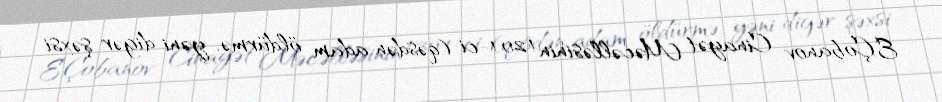
E.Çobanov Cinayət Məcəlləsinin 120.1-ci (qəsdən adam öldürmə, yəni digər şəxsi